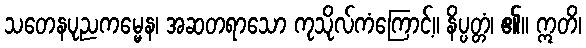
သတေနပုညကမ္မေန၊ အဆတရာသော ကုသိုလ်ကံကြောင့်။ နိပ္ပတ္တံ၊ ၏။ ဣတိ၊